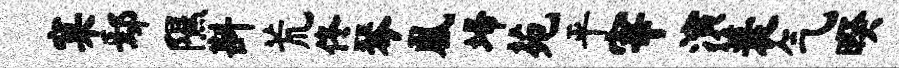
窠鄢隰斟荒佟琴凰埽苑平宰演蓑气暌